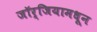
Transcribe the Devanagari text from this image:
जॉर्जियामधून